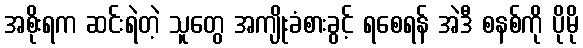
အစိုးရက ဆင်းရဲတဲ့ သူတွေ အကျိုးခံစားခွင့် ရစေရန် အဲဒီ စနစ်ကို ပိုမို